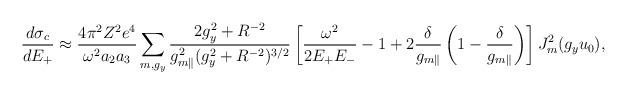
LaTeX: \begin{align*} \frac{d\sigma _c}{dE_{+}}\approx \frac{4\pi ^2Z^2e^4}{\omega ^2a_2a_3 }\sum_{m,g_y}\frac{2g_{y}^2+R^{-2}}{g_{m\parallel}^2(g_y^2+R^{-2})^{3/2}}\left[\frac{\omega ^2 }{2E_{+}E_{-}}-1+2\frac{\delta}{g_{m\parallel}}\left( 1-\frac{\delta }{g_{m\parallel}} \right)\right] J_{m}^{2}(g_yu_{0}),\end{align*}